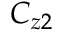
C _ { z 2 }